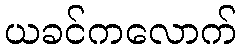
ယခင်ကလောက်